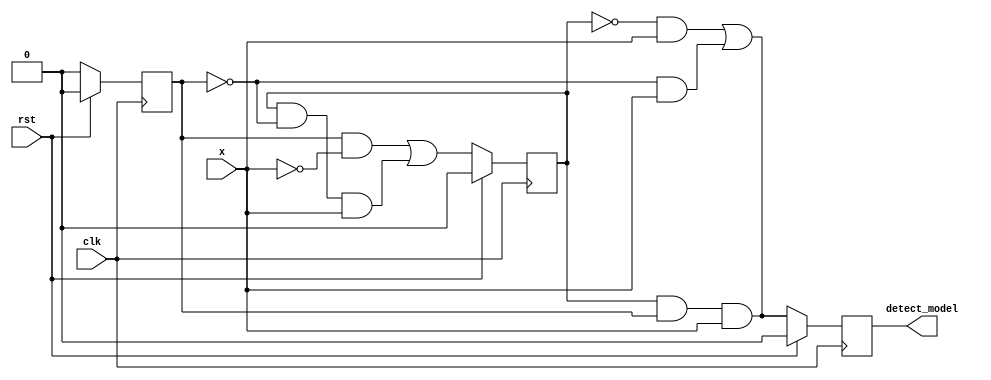
// Code your design here
module FSM_1011_det_model(input clk, x, rst, output detect_model);
  
  reg A,B,C;
  wire D_A, D_B, D_C;
  
  assign D_A = B & C & x;
  assign D_B = (C & ~x) | (B & ~C & x);
  assign D_A = (~B & x) | (~C & x);
  assign detect_model = A;
  
  always @(posedge clk)
    begin
      A <= rst? 1'b0 : D_A;
      B <= rst? 1'b0 : D_B;
      C <= rst? 1'b0 : D_C;
    end
  
endmodule